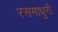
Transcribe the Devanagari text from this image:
रसमाधुरी